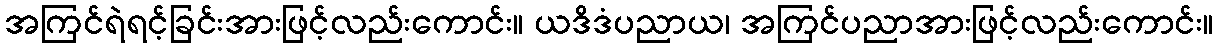
အကြင်ရဲရင့်ခြင်းအားဖြင့်လည်းကောင်း။ ယဒိဒံပညာယ၊ အကြင်ပညာအားဖြင့်လည်းကောင်း။